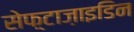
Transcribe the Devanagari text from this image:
सेफ़्टाज़ाइडिन